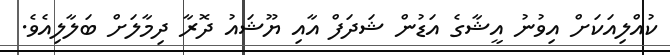
ކުއްލިއަކަށް އިވުނު އީޝާގެ އަޑުން ޝަދަފް އާއި ޔޫޝައު ދޮރާ ދިމާލަށް ބަލާލިއެވެ.